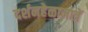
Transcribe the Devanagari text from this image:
दर्शनहेळामात्रें